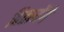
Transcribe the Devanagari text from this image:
बितायेंगे